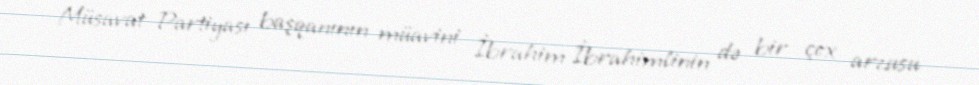
Müsavat Partiyası başqanının müavini İbrahim İbrahimlinin də bir çox arzusu